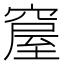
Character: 𥧊